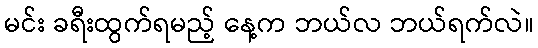
မင်း ခရီးထွက်ရမည့် နေ့က ဘယ်လ ဘယ်ရက်လဲ။